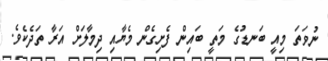
ނުވަތަ މިއީ ބަނޑުގެ މަތީ ބައިން ފެށިގެން މެޔާއި ދިމާލަށް އަރާ ތަދެކެވެ.